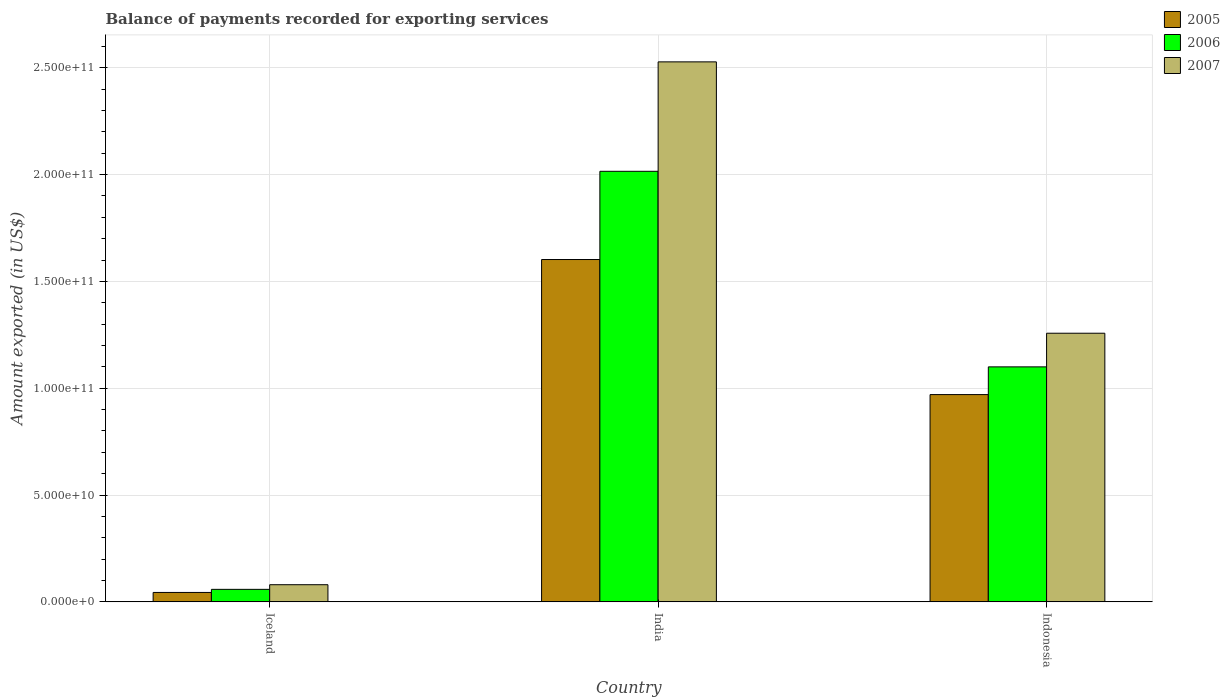
| Country | 2005 | 2006 | 2007 |
 | --- | --- | --- | --- |
 | Iceland | 4.42e+09 | 5.86e+09 | 8.03e+09 |
 | India | 1.6e+11 | 2.02e+11 | 2.53e+11 |
 | Indonesia | 9.7e+10 | 1.1e+11 | 1.26e+11 |